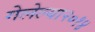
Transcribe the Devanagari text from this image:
गेलेल्या२०१४